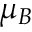
\mu _ { B }